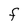
Character: F